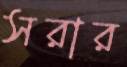
সরার